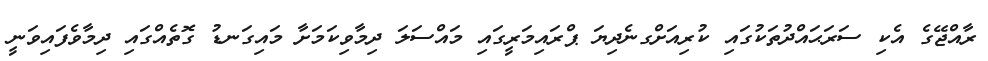
ރާއްޖޭގެ އެކި ސަރަޙައްދުތަކުގައި ކުރިއަށްގނެދިޔަ ޕްރައިމަރީގައި މައްސަލަ ދިމާވިކަމަށާ މައިގަނޑު ގޮތެއްގައި ދިމާވެފައިވަނީ